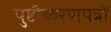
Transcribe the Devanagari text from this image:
पुष्टीकरणपत्रों